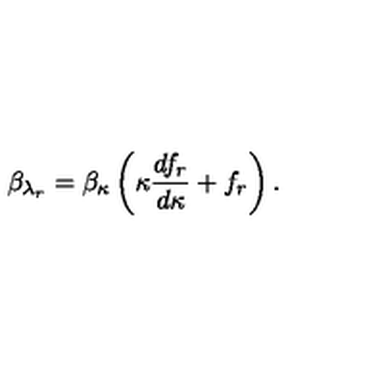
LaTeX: \beta _ { \lambda _ { r } } = \beta _ { \kappa } \left( \kappa \frac { d f _ { r } } { d \kappa } + f _ { r } \right) .